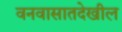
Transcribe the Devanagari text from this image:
वनवासातदेखील